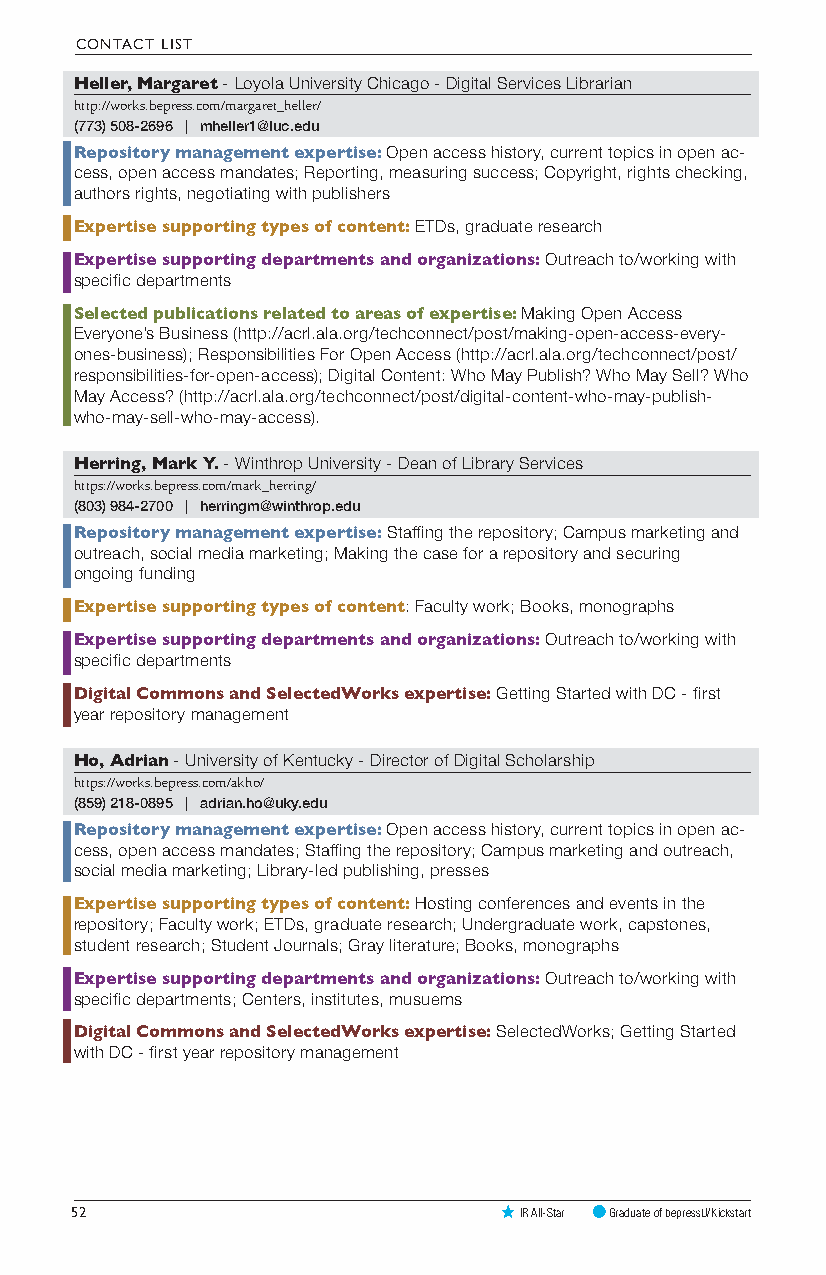
CONTACT LIST
 Heller, Margaret - Loyola University Chicago - Digital Services Librarian
 http://works.bepress.com/margaret_heller/
 (773) 508-2696 | mheller1@luc.edu
 Repository management expertise: Open access history, current topics in open ac-
 cess, open access mandates; Reporting, measuring success; Copyright, rights checking,
 authors rights, negotiating with publishers
 Expertise supporting types of content: ETDs, graduate research
 Expertise supporting departments and organizations: Outreach to/working with
 specific departments
 Selected publications related to areas of expertise: Making Open Access
 Everyone’s Business (http://acrl.ala.org/techconnect/post/making-open-access-every-
 ones-business); Responsibilities For Open Access (http://acrl.ala.org/techconnect/post/
 responsibilities-for-open-access); Digital Content: Who May Publish? Who May Sell? Who
 May Access? (http://acrl.ala.org/techconnect/post/digital-content-who-may-publish-
 who-may-sell-who-may-access).
 Herring, Mark Y. - Winthrop University - Dean of Library Services
 https://works.bepress.com/mark_herring/
 (803) 984-2700 | herringm@winthrop.edu
 Repository management expertise: Staffing the repository; Campus marketing and
 outreach, social media marketing; Making the case for a repository and securing
 ongoing funding
 Expertise supporting types of content: Faculty work; Books, monographs
 Expertise supporting departments and organizations: Outreach to/working with
 specific departments
 Digital Commons and SelectedWorks expertise: Getting Started with DC - first
 year repository management
 Ho, Adrian - University of Kentucky - Director of Digital Scholarship
 https://works.bepress.com/akho/
 (859) 218-0895 | adrian.ho@uky.edu
 Repository management expertise: Open access history, current topics in open ac-
 cess, open access mandates; Staffing the repository; Campus marketing and outreach,
 social media marketing; Library-led publishing, presses
 Expertise supporting types of content: Hosting conferences and events in the
 repository; Faculty work; ETDs, graduate research; Undergraduate work, capstones,
 student research; Student Journals; Gray literature; Books, monographs
 Expertise supporting departments and organizations: Outreach to/working with
 specific departments; Centers, institutes, musuems
 Digital Commons and SelectedWorks expertise: SelectedWorks; Getting Started
 with DC - first year repository management
 52                           IR All-Star Graduate of bepressU/Kickstart